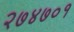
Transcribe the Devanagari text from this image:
२७४७०१